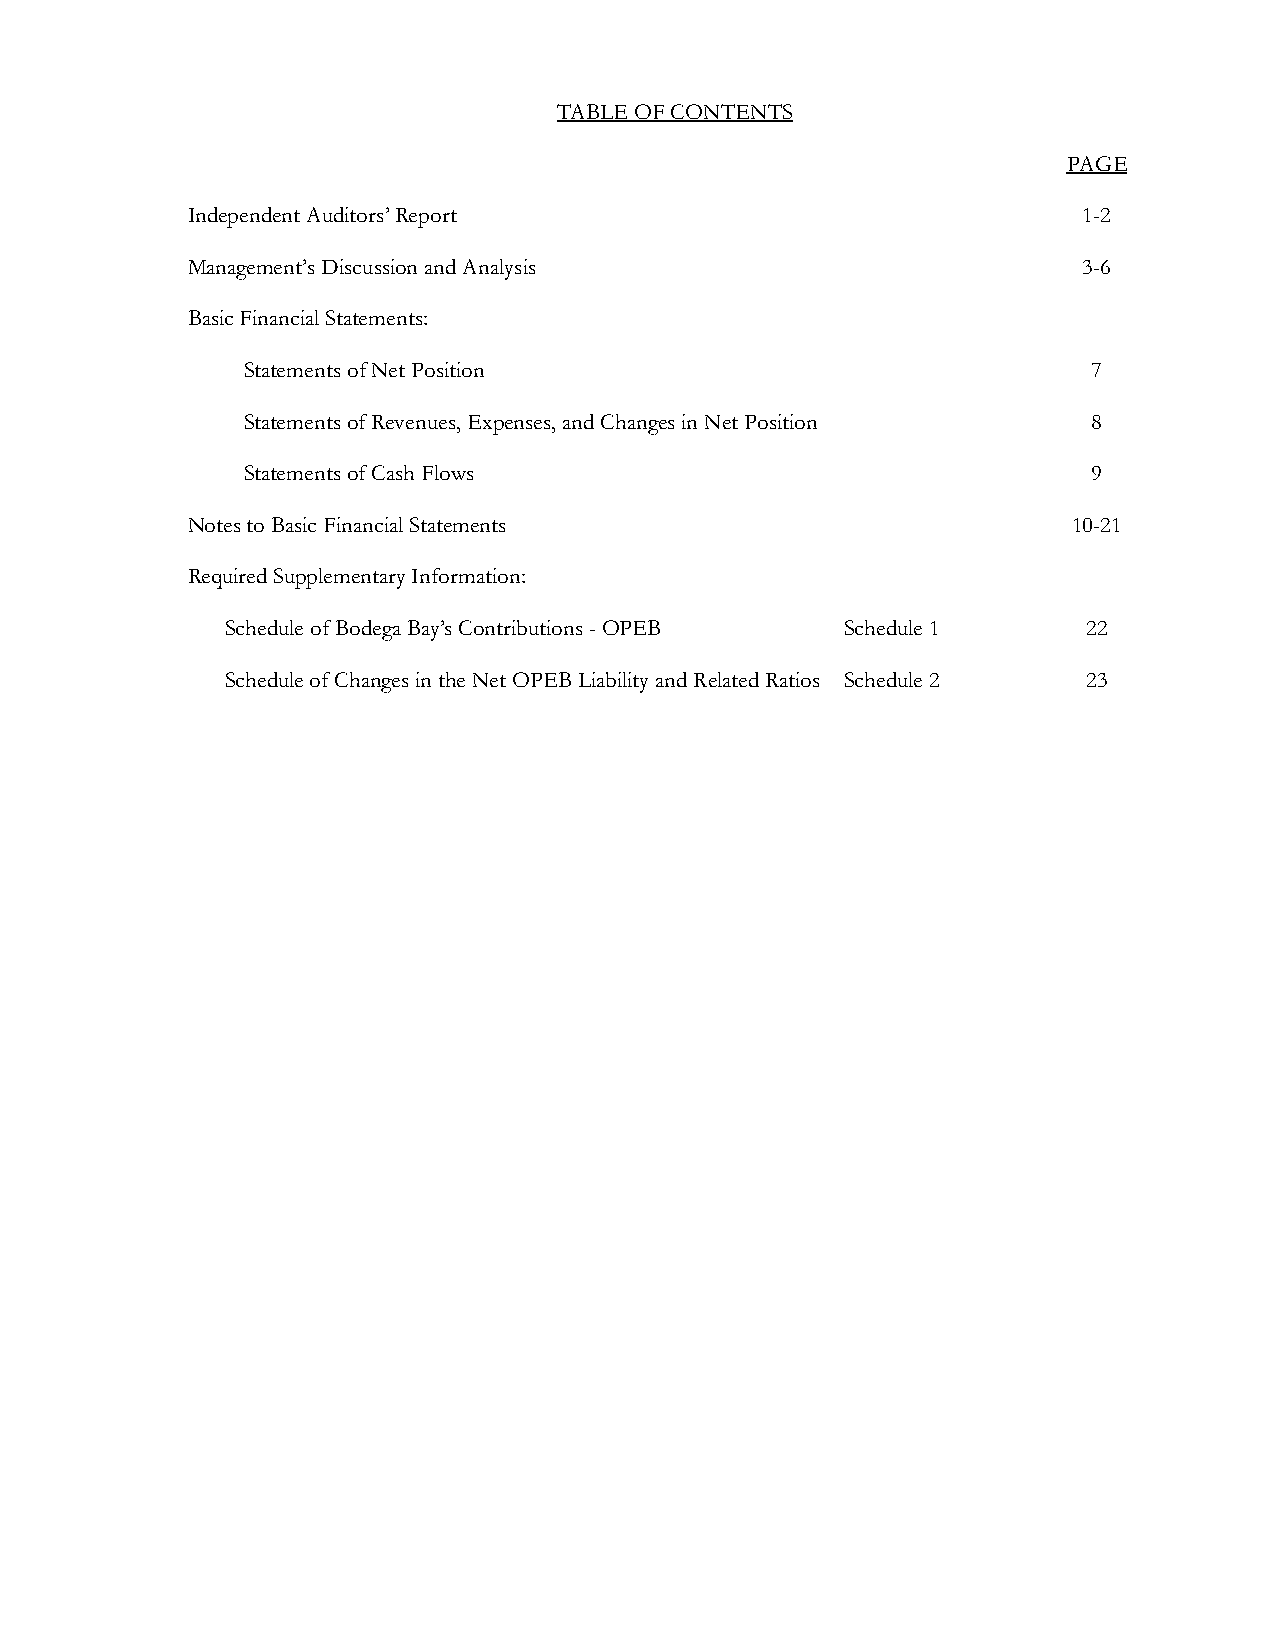
TABLE OF CONTENTS
 PAGE
 Independent Auditors’ Report                                1-2
 Management’s Discussion and Analysis                        3-6
 Basic Financial Statements:
 Statementsof Net Position                               7
 Statementsof Revenues, Expenses, and Changes in Net Position 8
 Statementsof Cash Flows                                 9
 Notes to Basic Financial Statements                        10-21
 Required Supplementary Information:
 Schedule of BodegaBay’s Contributions -OPEB Schedule 1   22
 Schedule of Changes in the Net OPEB Liability and Related Ratios Schedule 2 23